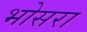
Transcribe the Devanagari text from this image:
भोसरा